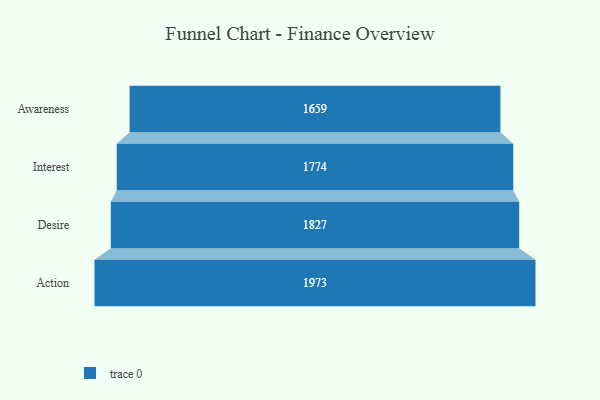
{"axis": {"x": "Stage", "y": "Value"}, "legend": [""], "data": [{"x": "Awareness", "y": 1659.0, "type": ""}, {"x": "Interest", "y": 1774.0, "type": ""}, {"x": "Desire", "y": 1827.0, "type": ""}, {"x": "Action", "y": 1973.0, "type": ""}]}